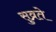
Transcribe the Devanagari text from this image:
सुव्रते